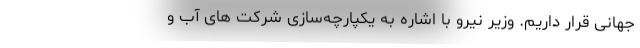
جهانی قرار داریم. وزیر نیرو با اشاره به یکپارچه‌سازی شرکت های آب و